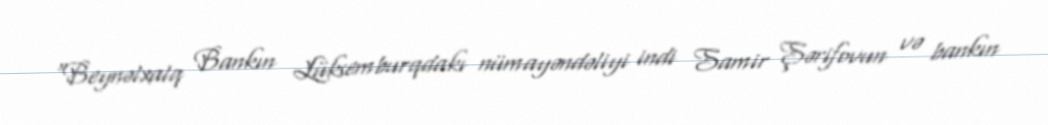
“Beynəlxalq Bankın Lüksemburqdakı nümayəndəliyi indi Samir Şərifovun və bankın